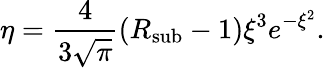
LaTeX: \eta=\frac{4}{3\sqrt{\pi}}(R_{\mathrm{\mathrm{sub}}}-1)\xi^{3}e^{-\xi^{2}}.